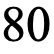
80